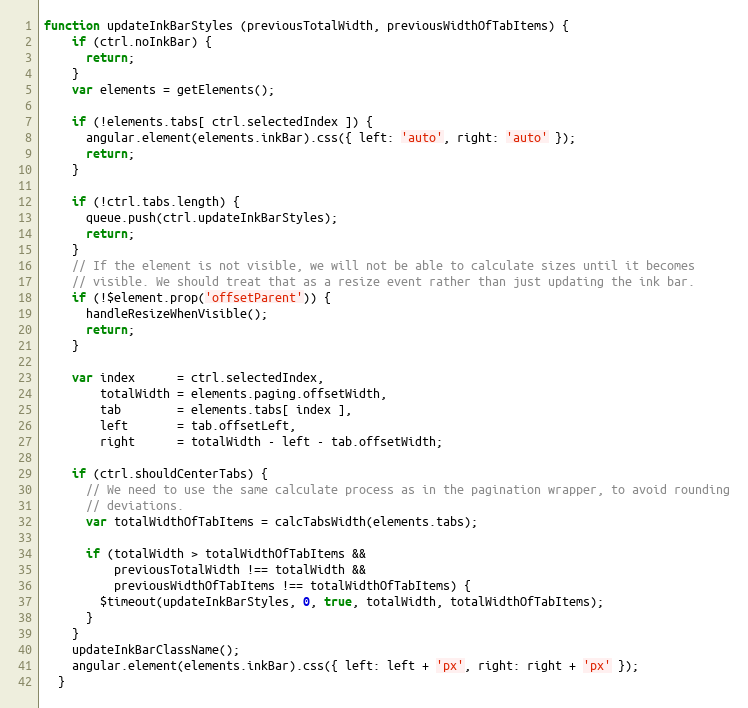
Language: JavaScript
function updateInkBarStyles (previousTotalWidth, previousWidthOfTabItems) {
    if (ctrl.noInkBar) {
      return;
    }
    var elements = getElements();

    if (!elements.tabs[ ctrl.selectedIndex ]) {
      angular.element(elements.inkBar).css({ left: 'auto', right: 'auto' });
      return;
    }

    if (!ctrl.tabs.length) {
      queue.push(ctrl.updateInkBarStyles);
      return;
    }
    // If the element is not visible, we will not be able to calculate sizes until it becomes
    // visible. We should treat that as a resize event rather than just updating the ink bar.
    if (!$element.prop('offsetParent')) {
      handleResizeWhenVisible();
      return;
    }

    var index      = ctrl.selectedIndex,
        totalWidth = elements.paging.offsetWidth,
        tab        = elements.tabs[ index ],
        left       = tab.offsetLeft,
        right      = totalWidth - left - tab.offsetWidth;

    if (ctrl.shouldCenterTabs) {
      // We need to use the same calculate process as in the pagination wrapper, to avoid rounding
      // deviations.
      var totalWidthOfTabItems = calcTabsWidth(elements.tabs);

      if (totalWidth > totalWidthOfTabItems &&
          previousTotalWidth !== totalWidth &&
          previousWidthOfTabItems !== totalWidthOfTabItems) {
        $timeout(updateInkBarStyles, 0, true, totalWidth, totalWidthOfTabItems);
      }
    }
    updateInkBarClassName();
    angular.element(elements.inkBar).css({ left: left + 'px', right: right + 'px' });
  }